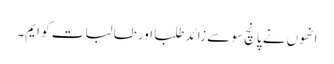
انھوں نے پانچ سو سے زائد طلبا اور طالبات کو ایم۔